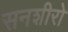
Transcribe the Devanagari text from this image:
सनशीरो